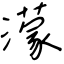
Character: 濛